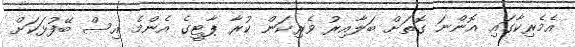
އެމެރިކާގައި އޮންނަ ގޮތަށް ބަލާއިރު ވެރިކަން ކުރާ ޕާޓީގެ އެންމެ އިސް ބޭފުޅަކަށް